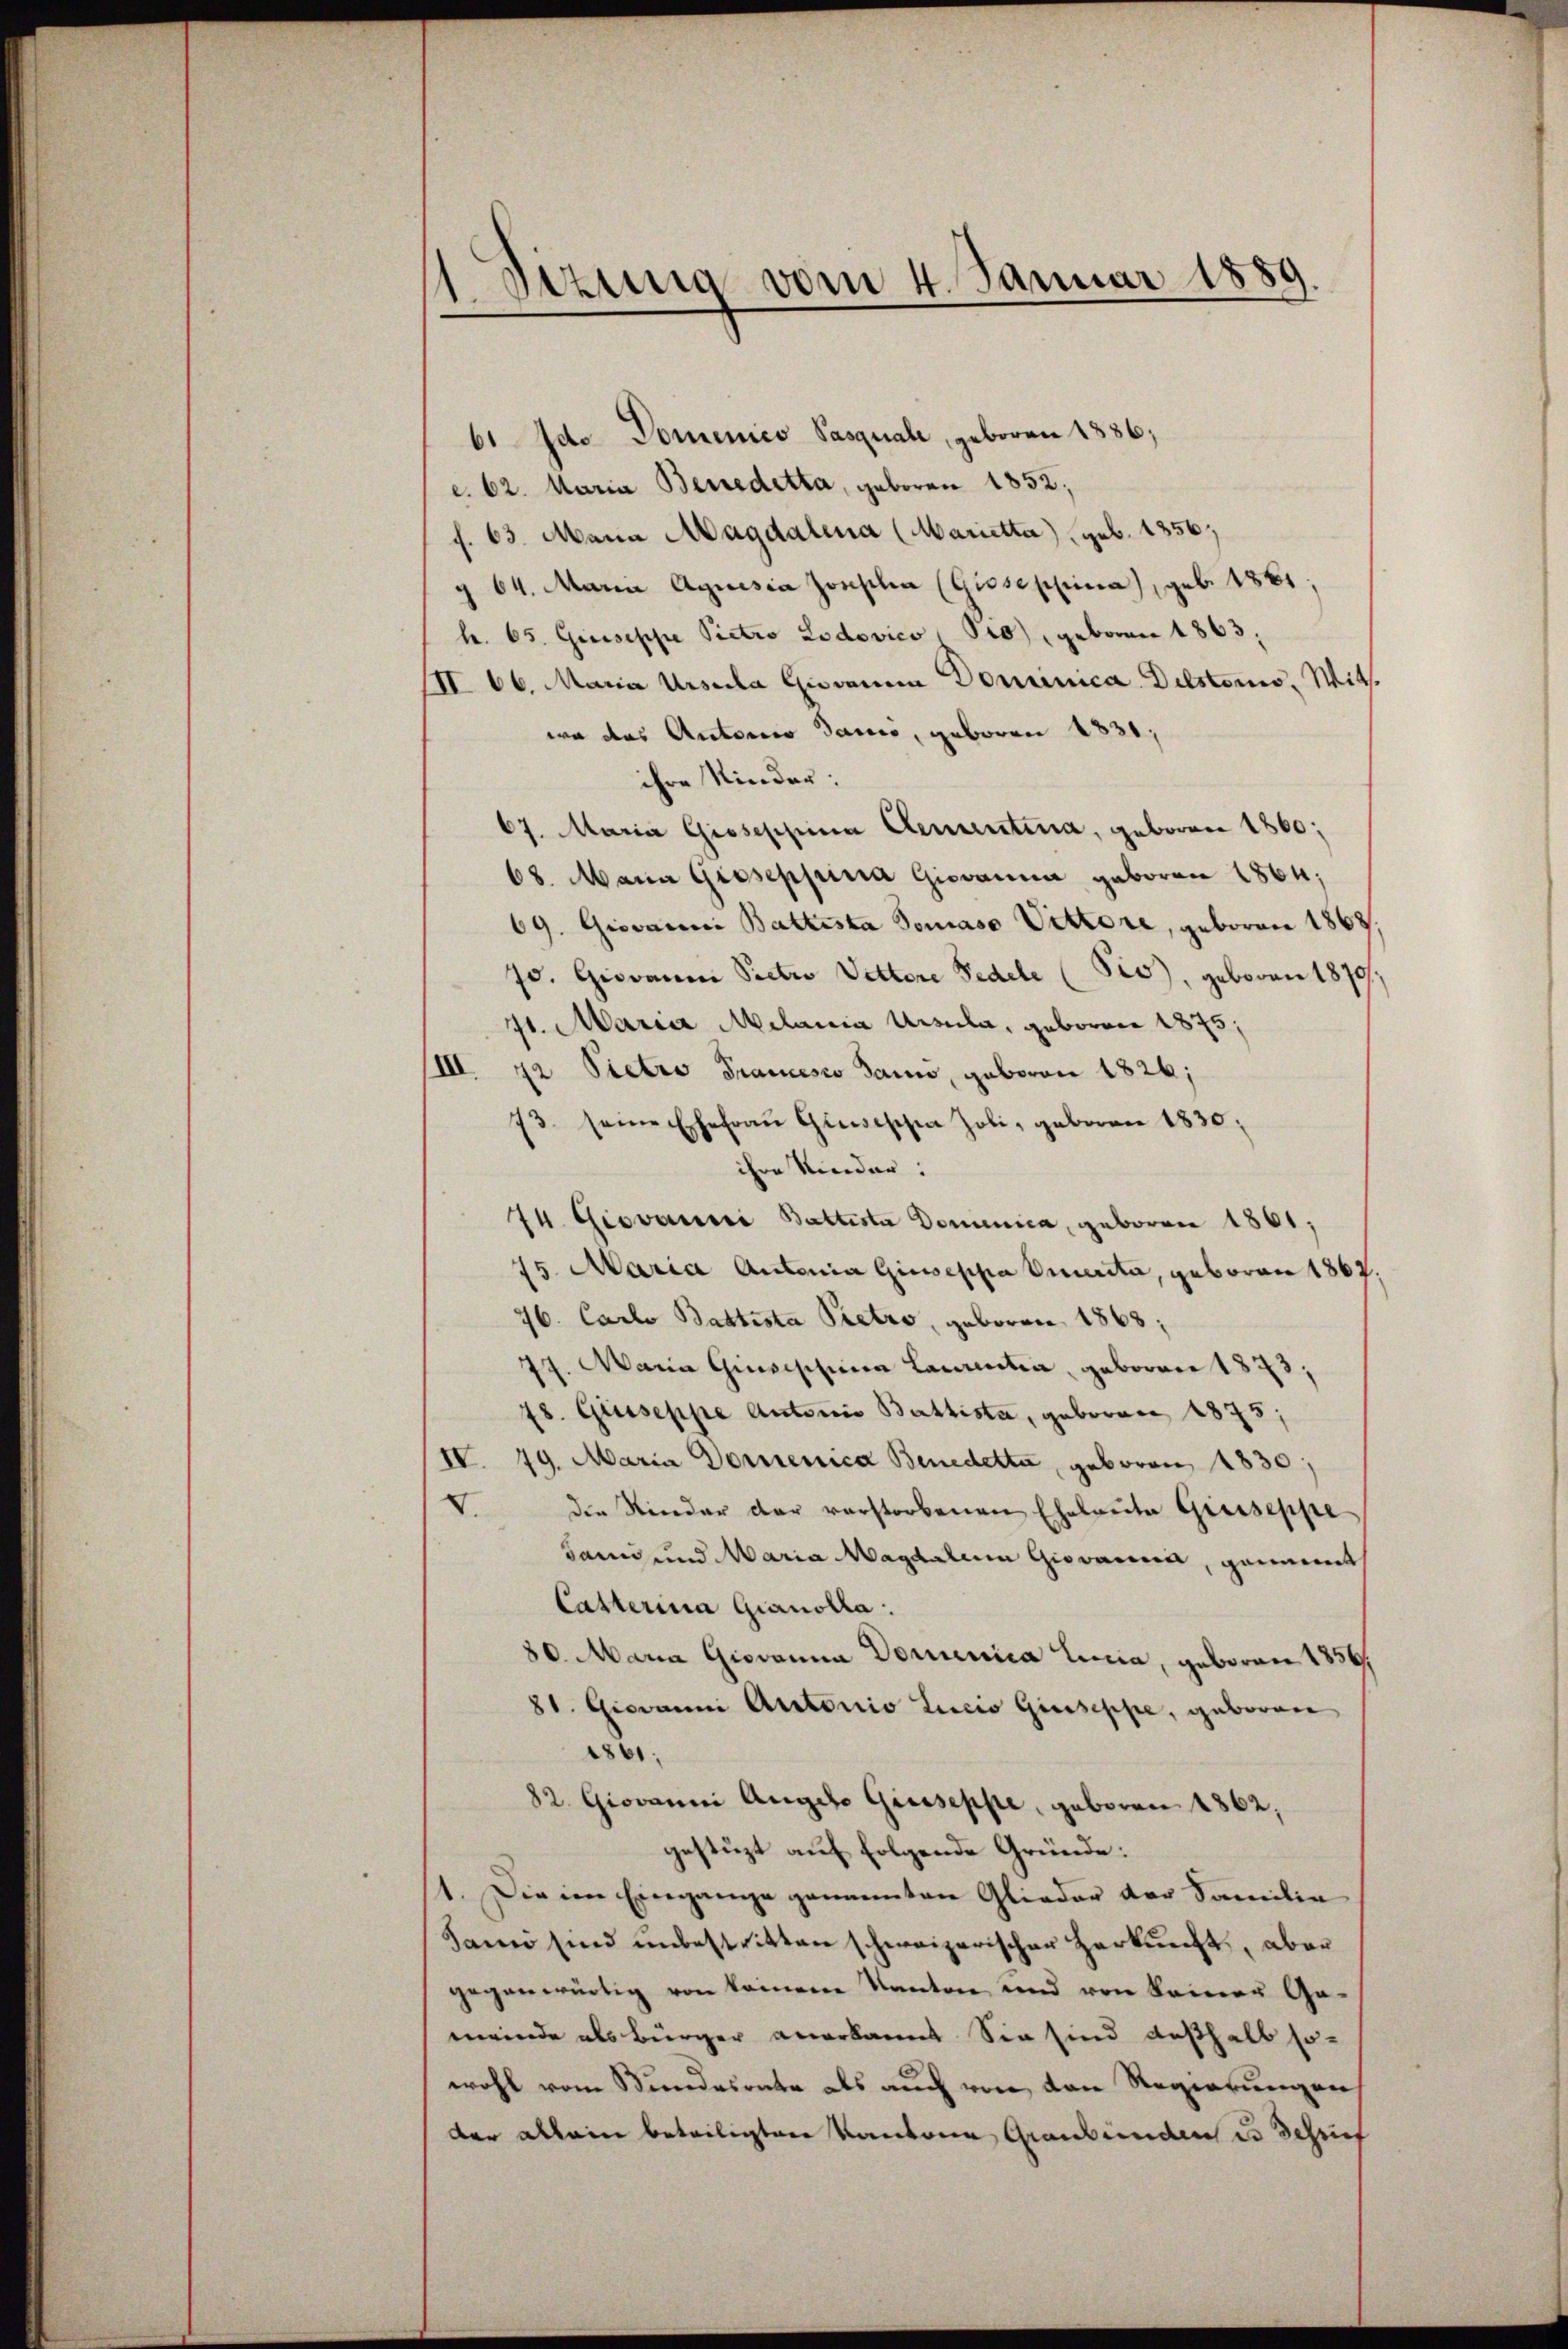
1. Jezuig vom 4. Januar 1889

61 Ido Domenico Pasquale, geboren 1886,
c. 62. Maria Beredetta, geboren 1852;
f. 63. Mann Magdalena (Marietta) geb. 1856
§ 64. Maria Aquisia Josepha (Gisseppina), geb. 1861,
h. 65. Gisippe Pietro Lodovico, Pro), geboren 1863;
III 66. Maria Ursula Giovania Dominica Dilstono, Witswa das Autorio Sanio, geboren 1831,
ihre Kinder:
67. Maria Giosephina Cementina, geboren 1860;
68. Mann Gieseppinia Giovanna geboren 1864;
69. Giovanni Battesta Tomaso Vittore, geboren 1868,
70. Giovanna Pectro Vettere Fedele (Pis), geboren 1879,
71. Maria Milania Ursula, geboren 1875;
IIII. 72 Pietro Francesco dann, geboren 1826;
73. seine Ehefrau Gisischen Joli, geboren 1830.
ihre Kinder:
74. Giovanni Baltista Dominica, geboren 1861;
75. Maria Antonia Giusepha Amerita, geboren 1862.
76. Carlo Baltista Pietro, geboren 1868;
77. Maria Giuseppina Laientia, geboren 1873,
78. Giuseppe Autoris Battista, gebovare 1875;
IV. 79. Maria Domenica Benedetta, geboren 1830
V.
die Nieder der verstorbenen Eheleute Grüsseppe
Sann und Maria Magdalem Giovania, gemeint
Casterina Gianolla:
80. Maria Giovanna Domenica Linia, geboren 1856
81. Giovanni Autorio Lucio Giuseppe, geboren
1801.
82. Giovanni Angelo Giuseppe, geboren 1862,
gestüzt auf folgende Gründe:
1. Die im Eingange genannten Glieder der Familie
Sami sind unbestritten schweizerischer Herkunft, aber
gegenwärtig von keinem Kanton und von keiner Ge-
meinde als Bürger anerkannt. Sie sind deßhalb so-
wohl vom Bundesrate als auch von den Regierungen
der allein beteiligten Kantone Graubünden es Schrief